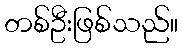
တစ်ဦးဖြစ်သည်။